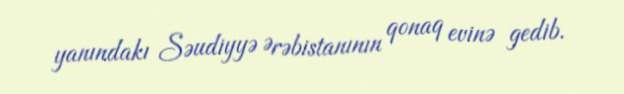
yanındakı Səudiyyə Ərəbistanının qonaq evinə gedib.